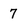
Character: 7